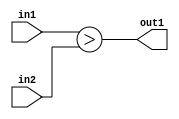
`timescale 1ps / 1ps
/*****************************************************************************
    Verilog RTL Description
    
    
    Created by: Stratus DpOpt 2019.1.01 
*******************************************************************************/

module dut_LessThan_32Ux32U_1U_0 (
	in2,
	in1,
	out1
	); /* architecture "behavioural" */ 
input [31:0] in2,
	in1;
output  out1;
wire  asc001;

assign asc001 = (in1>in2);

assign out1 = asc001;
endmodule

/* CADENCE  urjyTAw= : u9/ySgnWtBlWxVPRXgAZ4Og= ** DO NOT EDIT THIS LINE ******/